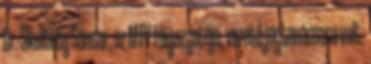
Dr. Skultéty Sán­dor, az MTV főigazgatója, vezető jogtanácsosa volt.